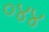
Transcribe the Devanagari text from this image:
०४४